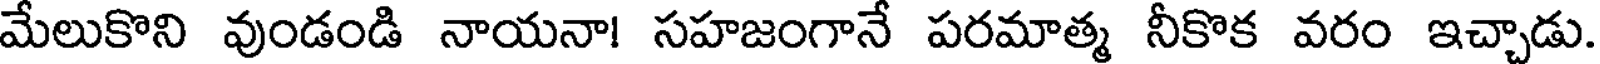
మేలుకొని వుండండి నాయనా! సహజంగానే పరమాత్మ నీకొక వరం ఇచ్చాడు